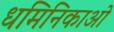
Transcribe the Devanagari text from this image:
धमिनिकाओ